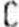
C